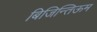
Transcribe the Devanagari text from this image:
बिजिन्तिऊम